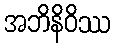
အဘိနိဝိဿ